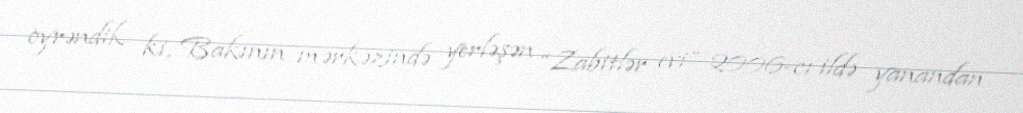
öyrəndik ki, Bakının mərkəzində yerləşən “Zabitlər evi” 2006-cı ildə yanandan